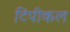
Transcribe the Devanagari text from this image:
टिपीकल